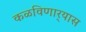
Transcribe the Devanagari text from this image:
कळविणार्‍यास